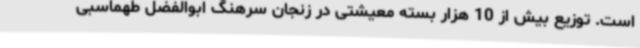
است. توزیع بیش از 10 هزار بسته معیشتی در زنجان سرهنگ ابوالفضل طهماسبی